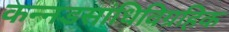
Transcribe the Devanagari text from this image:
कन्नडसांधिविग्रहिक